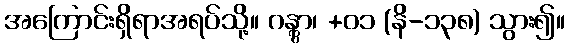
အကြောင်းရှိရာအရပ်သို့။ ဂန္တွာ၊ +၀၁ (နိ-၁၃၈) သွား၍။